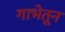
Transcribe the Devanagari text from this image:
गाभेतून